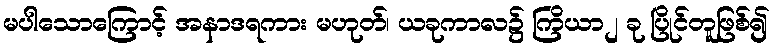
မပါသောကြောင့် အနာဒရကား မဟုတ်၊ ယခုကာလ၌ ကြိယာ၂ ခု ပြိုင်တူဖြစ်၍